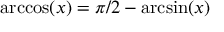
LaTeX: \operatorname { a r c c o s } ( x ) = \pi / 2 - \arcsin ( x )